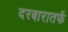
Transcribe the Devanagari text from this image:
दरबारातर्फे